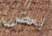
بعض